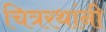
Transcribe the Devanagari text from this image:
चित्ररथांनी